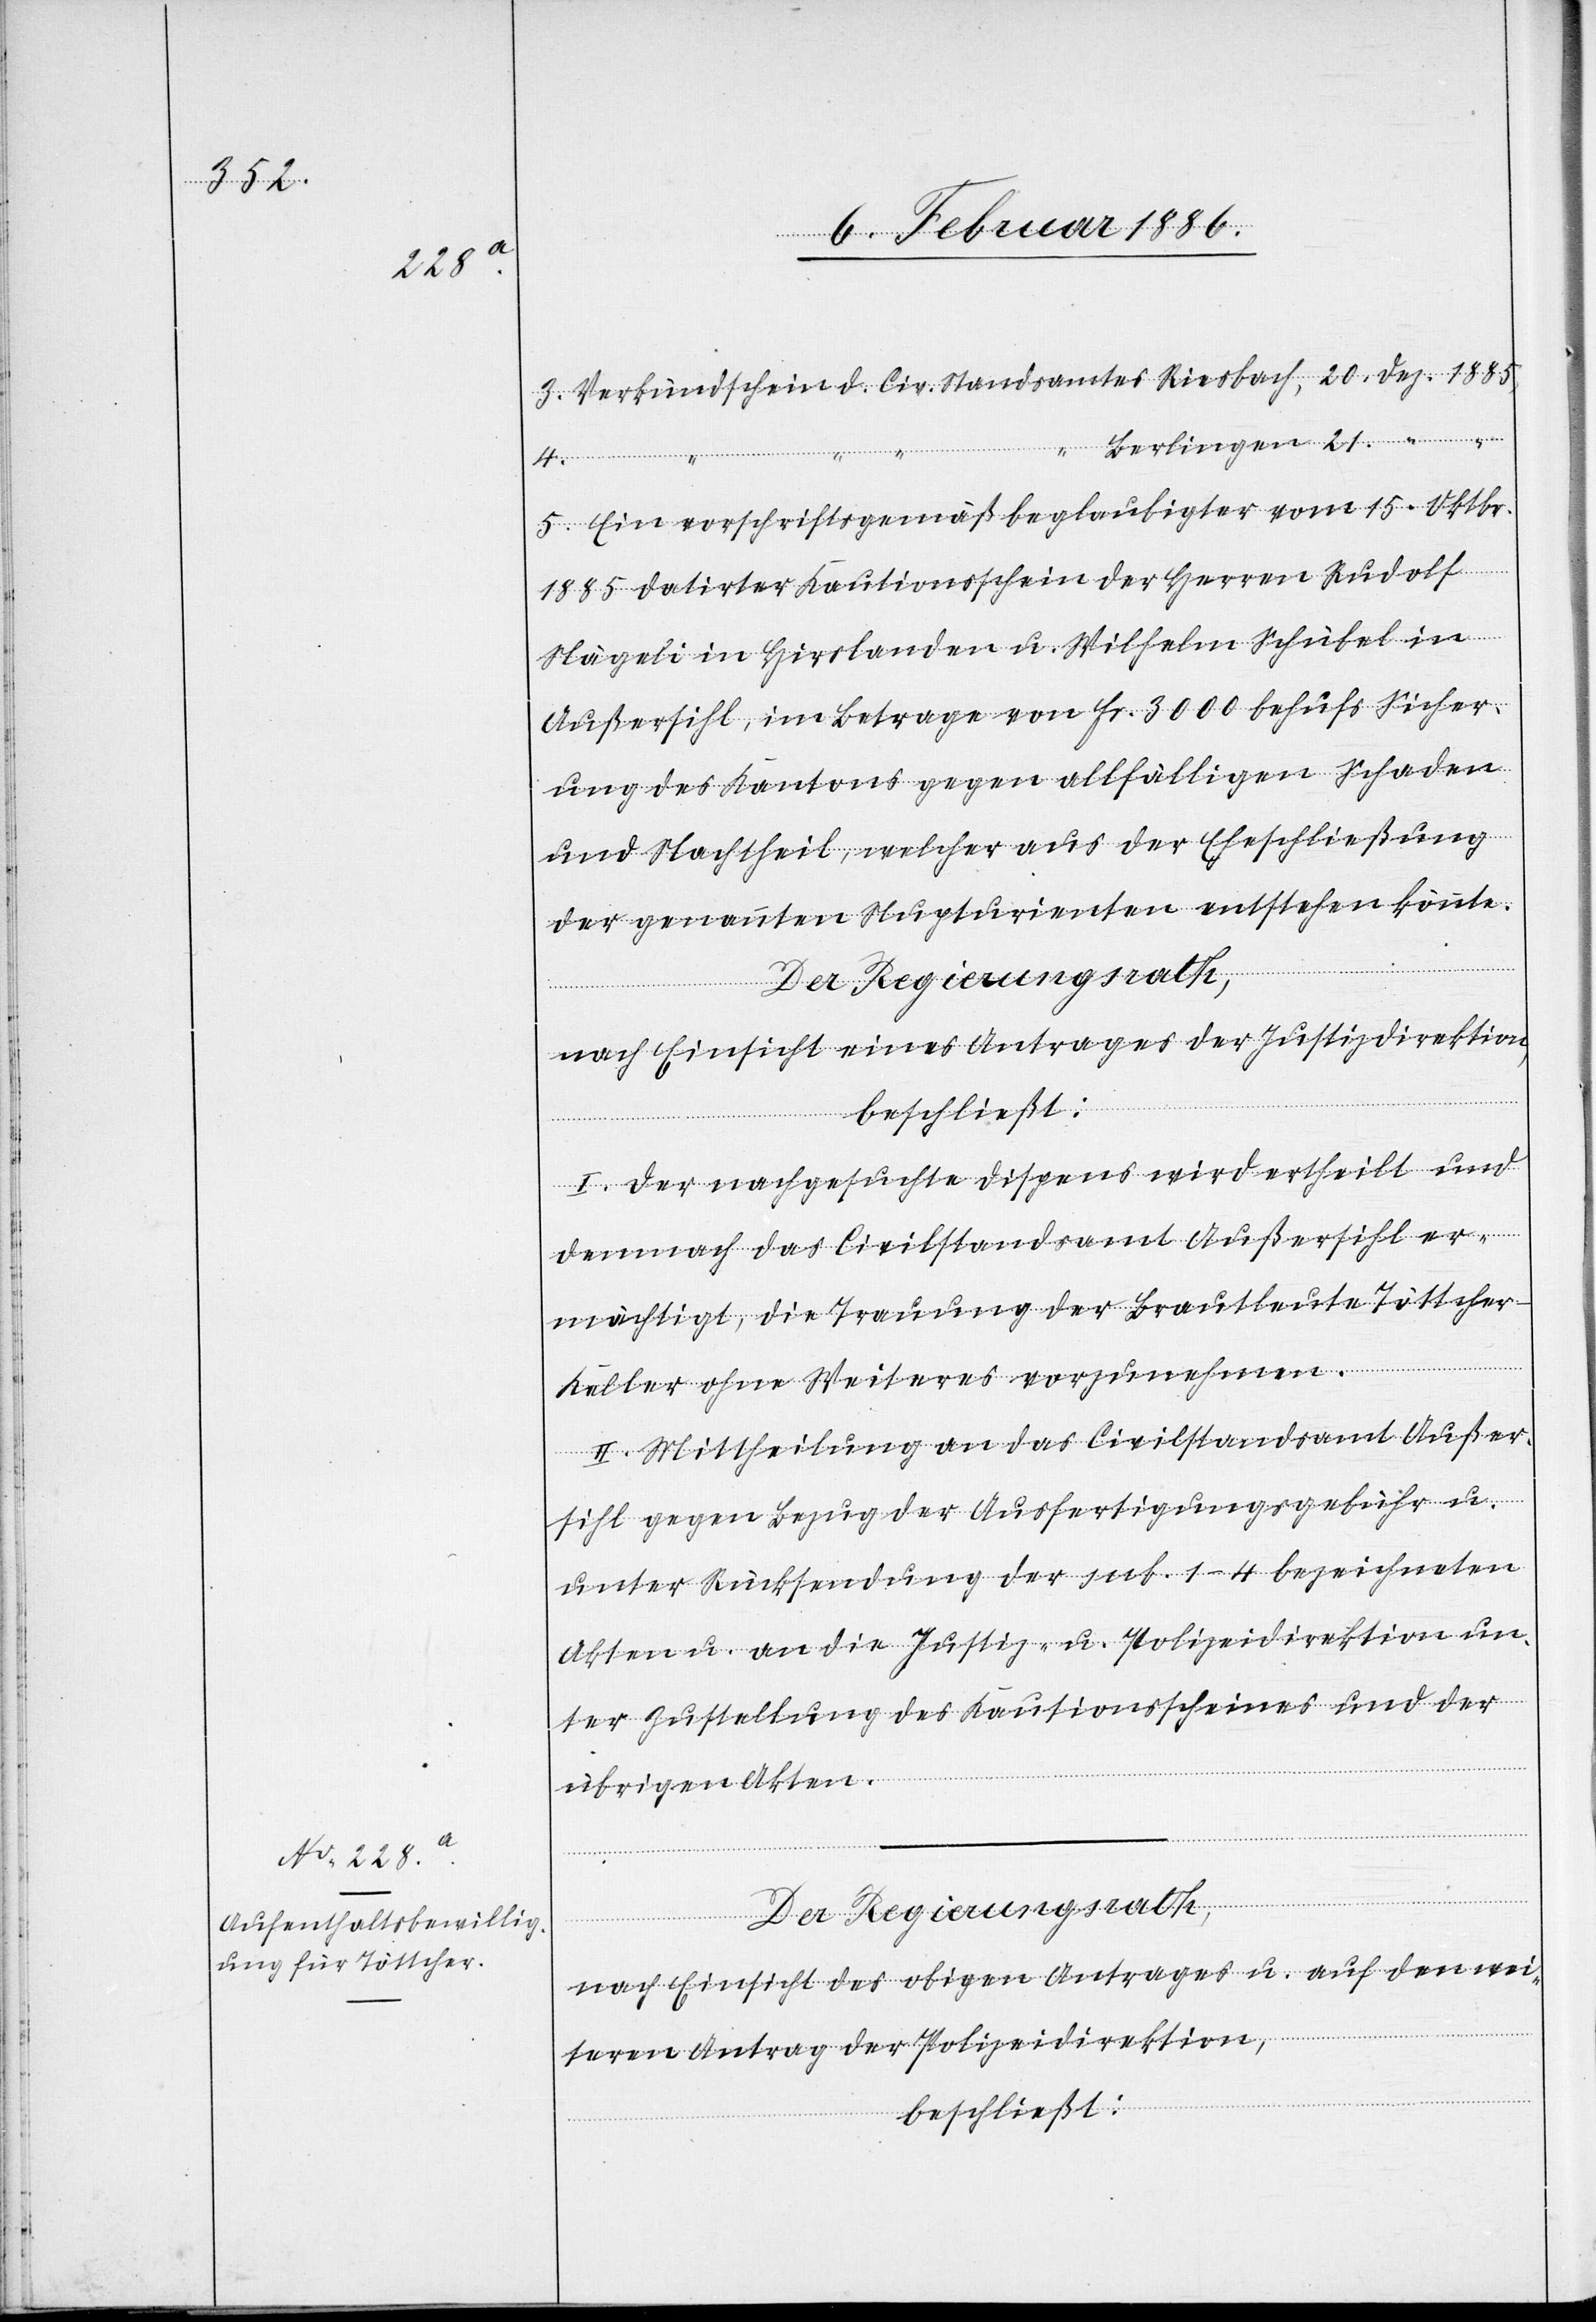
3. Verkundschein d. Civ. Standsamtes Riesbach, 20. Dez. 1885,
Berlingen, 21. “ “
4.
5. Ein vorschriftsgemäß beglaubigter vom 15. Oktbr.
1885 datirter Kautionsschein der Herren Rudolf
Nägeli in Hirslanden u. Wilhelm Schübel in
Außersihl, im Betrage von Fr. 3000 behufs Sicher¬
ung des Kantons gegen allfälligen Schaden
und Nachtheil, welcher aus der Eheschließung
der genannten Nupturienten entstehen könnte.
Der Regierungsrath,
nach Einsicht eines Antrages der Justizdirektion,
beschließt:
I. Der nachgesuchte Dispens wird ertheilt und
demnach das Civilstandsamt Außersihl er¬
mächtigt, die Trauung der Brautleute Töttche¬
r-Keller ohne Weiteres vorzunehmen.
II. Mittheilung an das Civilstandsamt Außer¬
sihl gegen Bezug der Ausfertigungsgebühr u.
unter Rücksendung der sub. 1–4 bezeichneten
Akten u. an die Justiz- u. Polizeidirektion un¬
ter Zustellung des Kautionsscheines und der
übrigen Akten.
nach Einsicht des obigen Antrages u. auf den wei¬
teren Antrag der Polizeidirektion,
beschließt: